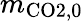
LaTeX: m_{\mathrm{CO2,0}}